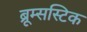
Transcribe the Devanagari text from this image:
ब्रूम्सस्टिक